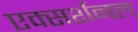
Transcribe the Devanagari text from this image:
एक्सर्शनल